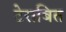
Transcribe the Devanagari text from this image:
टेराबित